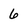
Character: 6